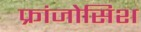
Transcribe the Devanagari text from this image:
फ्रांजोसिश